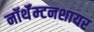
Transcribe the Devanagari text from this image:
नॉर्थॅम्टनशायर